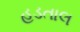
હડતાલ